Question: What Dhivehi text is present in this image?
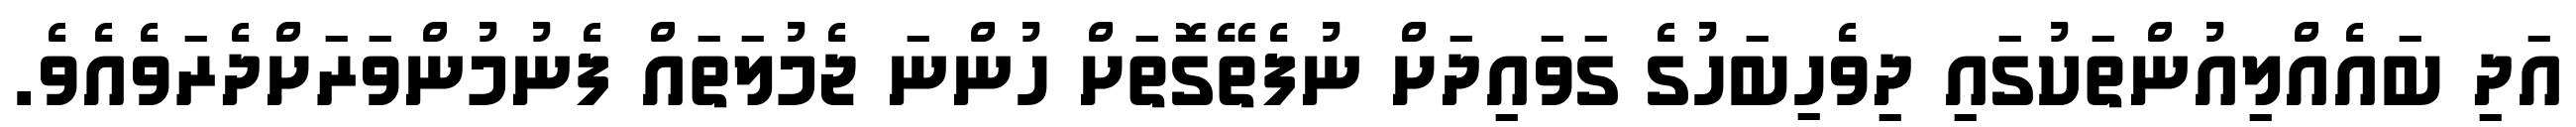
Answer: އަދި ބައެއްލިއުންތަކުގައި ދިވެހިބަހުގެ ގަވައިދަށް ނުފެތޭގޮތަށް ހުންނަ ޖެމުލަތައް ފެނުމުންވަރަށްދެރަވެއެވެ.